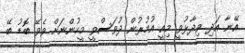
އޭނާ އަދި ވިދާޅުވީ މިއީ އުމުރުން ދުވަސްވީ މީހުންނަށް ވެވޭ ބޮޑު ބޭ